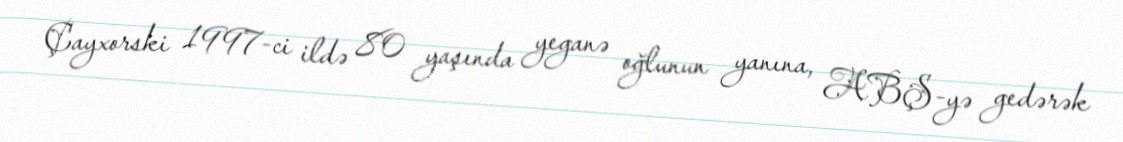
Çayxorski 1997-ci ildə 80 yaşında yeganə oğlunun yanına, ABŞ-yə gedərək